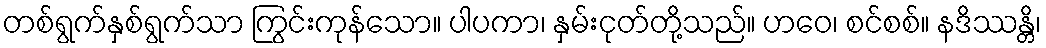
တစ်ရွက်နှစ်ရွက်သာ ကြွင်းကုန်သော။ ပါပကာ၊ နှမ်းငုတ်တို့သည်။ ဟဝေ၊ စင်စစ်။ နဒိဿန္တိ၊